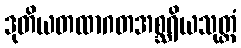
ဒုတိယတထာဂတအစ္ဆရိယသုတ္တံ